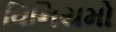
વિનિયમો